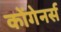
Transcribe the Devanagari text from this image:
कोंगेनर्स